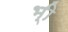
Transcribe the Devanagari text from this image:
भ्‍ी